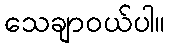
သေချာဝယ်ပါ။